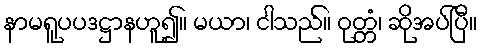
နာမရူပပဒဋ္ဌာနဟူ၍။ မယာ၊ ငါသည်။ ဝုတ္တံ၊ ဆိုအပ်ပြီ။